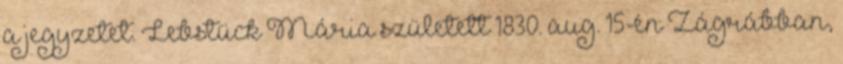
a jegyzetet. Lebstück Mária született 1830. aug. 15-én Zágrábban,